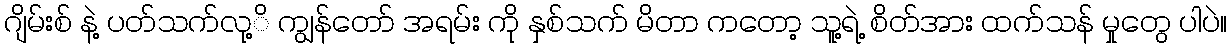
ဂျိမ်းစ် နဲ့ ပတ်သက်လု့ိ ကျွန်တော် အရမ်း ကို နှစ်သက် မိတာ ကတော့ သူ့ရဲ့ စိတ်အား ထက်သန် မှုတွေ ပါပဲ။